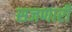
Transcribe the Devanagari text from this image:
सजणारी